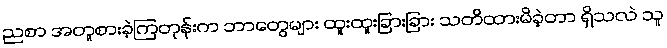
ညစာ အတူစားခဲ့ကြတုန်းက ဘာတွေများ ထူးထူးခြားခြား သတိထားမိခဲ့တာ ရှိသလဲ သူ